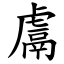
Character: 鬳